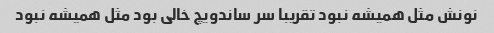
نونش مثل همیشه نبود تقریبا سر ساندویچ خالی بود مثل همیشه نبود